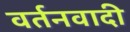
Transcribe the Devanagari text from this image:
वर्तनवादी